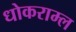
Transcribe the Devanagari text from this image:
धोकराम्ल